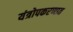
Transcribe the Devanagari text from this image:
यंत्रोपकरणात